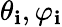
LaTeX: \theta_{\mathbf{i}},\varphi_{\mathbf{i}}